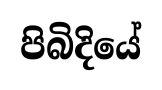
පිබිදියේ